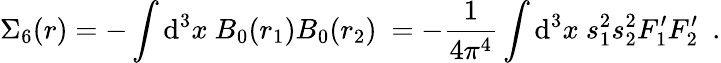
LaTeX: \displaystyle\Sigma_{6}(r)=-\int\mathrm{d}^{3}x~B_{0}(r_{1})B_{0}(r_{2})~=-\frac{1}{4\pi^{4}}\int\mathrm{d}^{3}x~s_{1}^{2}s_{2}^{2}F_{1}^{\prime}F_{2}^{\prime}~~.